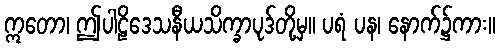
ဣတော၊ ဤပါဠိဒေသနီယသိက္ခာပုဒ်တို့မှ။ ပရံ ပန၊ နောက်၌ကား။